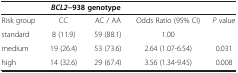
<table><thead><tr><td><b> </b></td><td colspan="2"><b><i>BCL2</i>−938 genotype</b></td><td><b> </b></td><td><b> </b></td></tr></thead><tbody><tr><td>Risk group</td><td>CC</td><td>AC / AA</td><td>Odds Ratio (95% CI)</td><td><i>P</i> value</td></tr><tr><td>standard</td><td>8 (11.9)</td><td>59 (88.1)</td><td>1.00</td><td> </td></tr><tr><td>medium</td><td>19 (26.4)</td><td>53 (73.6)</td><td>2.64 (1.07-6.54)</td><td>0.031</td></tr><tr><td>high</td><td>14 (32.6)</td><td>29 (67.4)</td><td>3.56 (1.34-9.45)</td><td>0.008</td></tr></tbody></table>